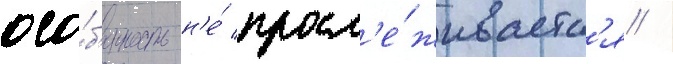
осо́б'енность н'е́ просл'е́живаетс'я /